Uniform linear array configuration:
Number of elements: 32
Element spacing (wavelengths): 0.5
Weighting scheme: cosine
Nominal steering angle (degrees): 45
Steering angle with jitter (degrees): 46.37
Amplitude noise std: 0.05
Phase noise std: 0.05

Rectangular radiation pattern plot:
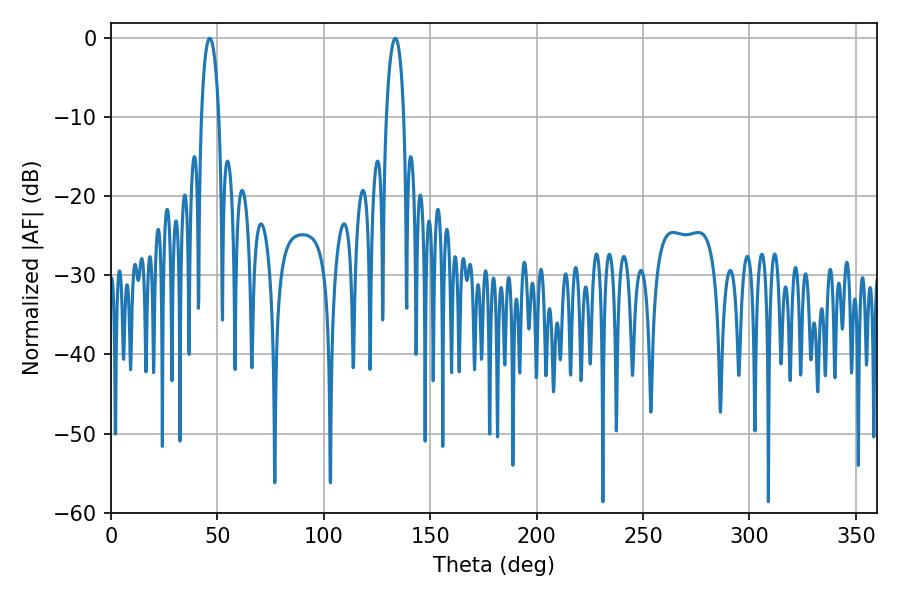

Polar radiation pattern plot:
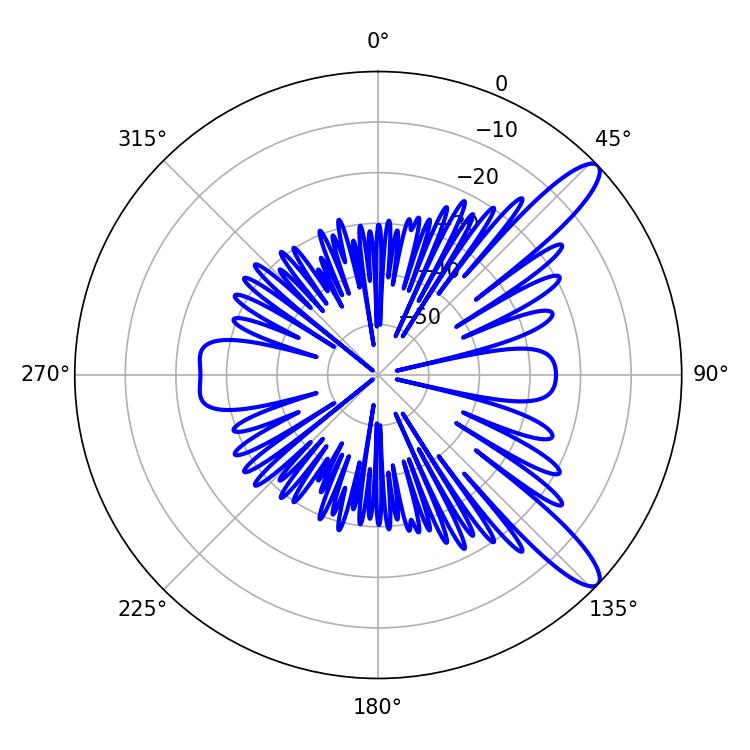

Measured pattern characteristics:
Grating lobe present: FALSE
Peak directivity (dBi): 11.85
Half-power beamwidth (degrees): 4.68
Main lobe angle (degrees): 46.44